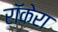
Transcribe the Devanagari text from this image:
रॉकेरा